Problem: 18 + 41 = ?
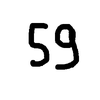
Handwritten answer: 59